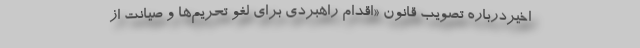
اخیردرباره تصویب قانون «اقدام راهبردی برای لغو تحریم‌ها و صیانت از